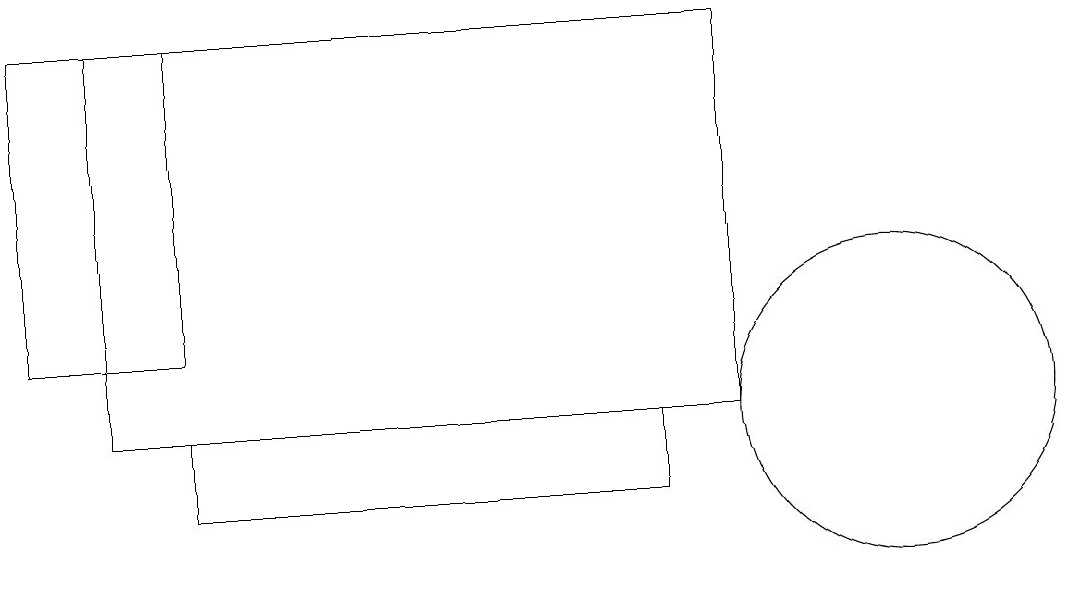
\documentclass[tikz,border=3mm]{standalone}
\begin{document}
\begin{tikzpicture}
\draw (2,13) rectangle (0,17);
\draw (2,11) rectangle (8,12);
\draw (9,12) rectangle (1,17);
\draw (11,12) circle (2);
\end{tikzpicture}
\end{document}